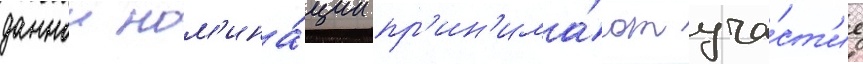
даннои ном'ина́ции пр'ин'има́ют уча́ст'ие